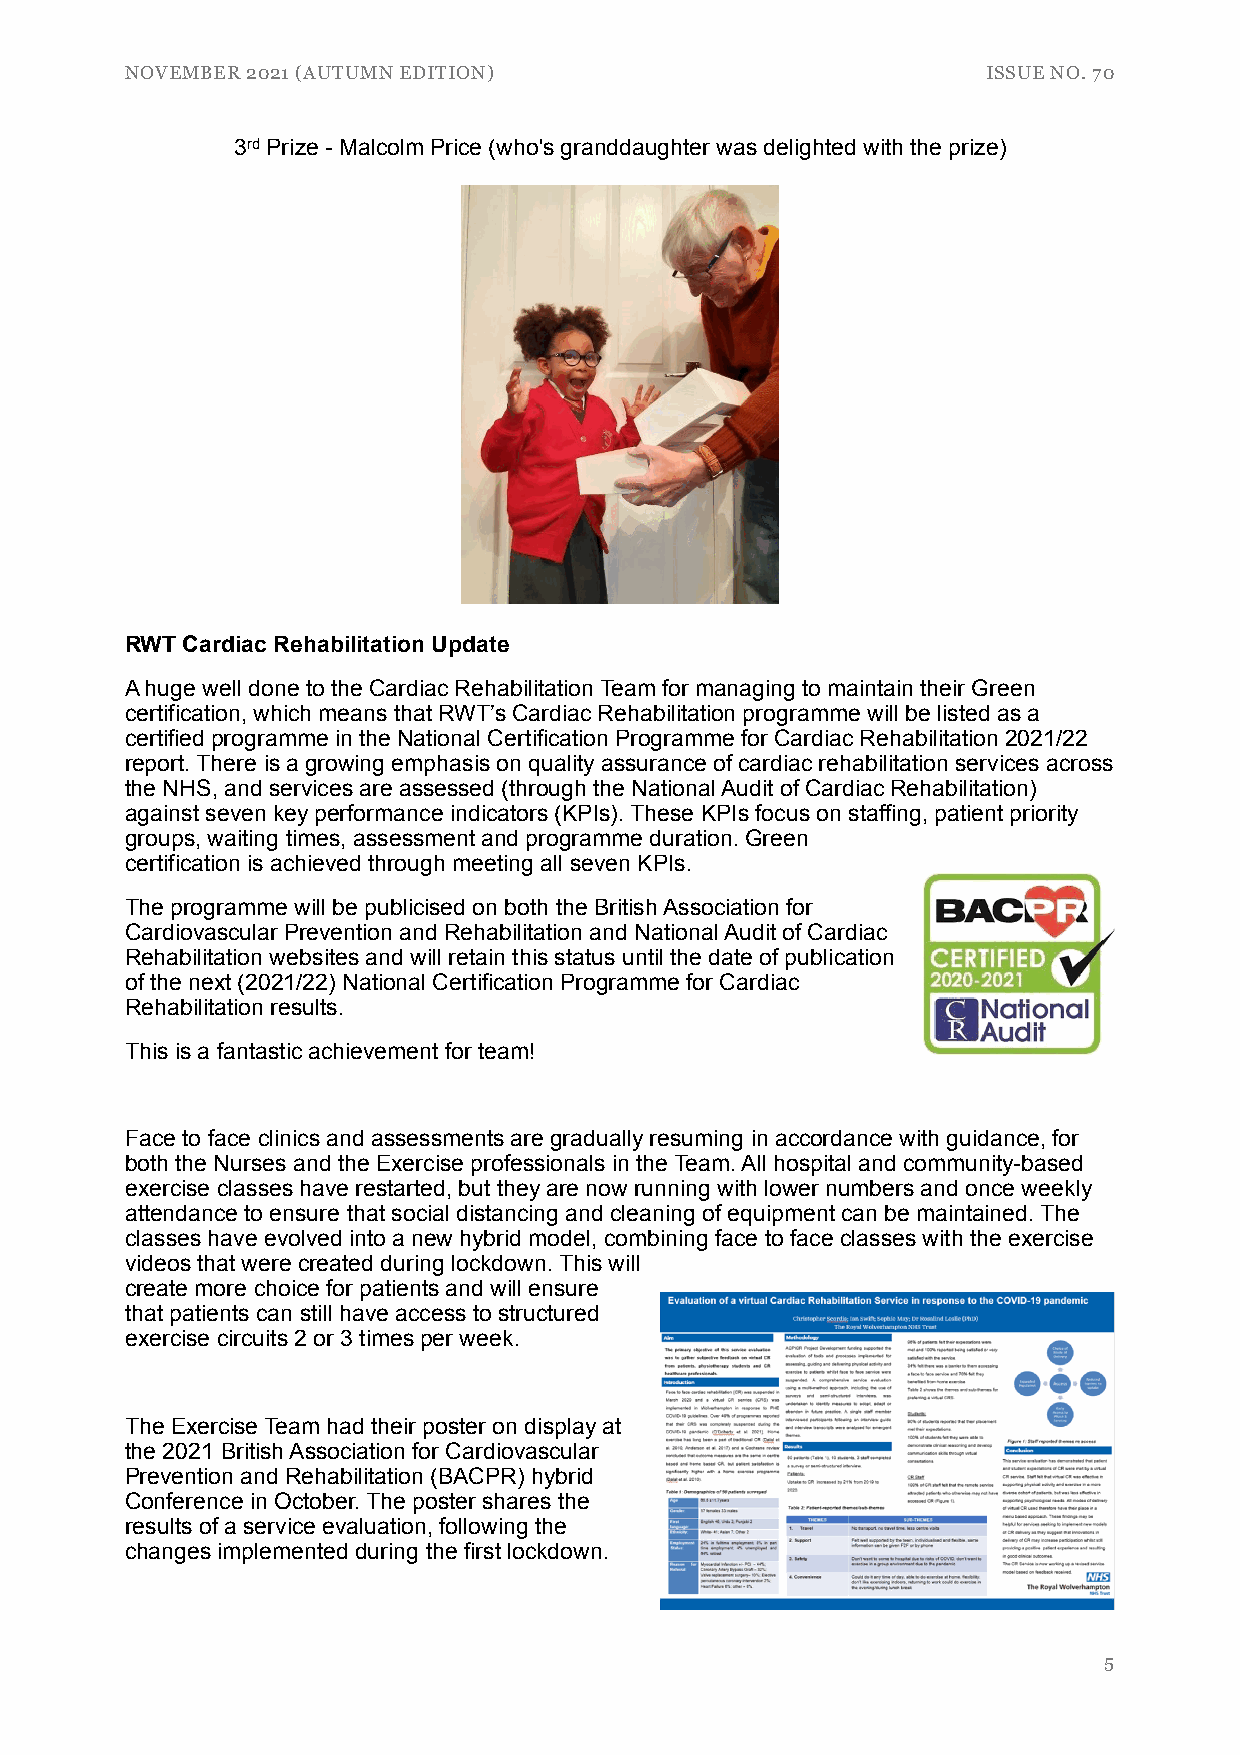
NOVEMBER 2021 (AUTUMN EDITION)                           ISSUE NO. 70
 3rd Prize - Malcolm Price (who's granddaughter was delighted with the prize)
 RWT Cardiac Rehabilitation Update
 A huge well done to the Cardiac Rehabilitation Team for managing to maintain their Green
 certification, which means that RWT’s Cardiac Rehabilitation programme will be listed as a
 certified programme in the National Certification Programme for Cardiac Rehabilitation 2021/22
 report. There is a growing emphasis on quality assurance of cardiac rehabilitation services across
 the NHS, and services are assessed (through the National Audit of Cardiac Rehabilitation)
 against seven key performance indicators (KPIs). These KPIs focus on staffing, patient priority
 groups, waiting times, assessment and programme duration. Green
 certification is achieved through meeting all seven KPIs.
 The programme will be publicised on both the British Association for
 Cardiovascular Prevention and Rehabilitation and National Audit of Cardiac
 Rehabilitation websites and will retain this status until the date of publication
 of the next (2021/22) National Certification Programme for Cardiac
 Rehabilitation results.
 This is a fantastic achievement for team!
 Face to face clinics and assessments are gradually resuming in accordance with guidance, for
 both the Nurses and the Exercise professionals in the Team. All hospital and community-based
 exercise classes have restarted, but they are now running with lower numbers and once weekly
 attendance to ensure that social distancing and cleaning of equipment can be maintained. The
 classes have evolved into a new hybrid model, combining face to face classes with the exercise
 videos that were created during lockdown. This will
 create more choice for patients and will ensure
 that patients can still have access to structured
 exercise circuits 2 or 3 times per week.
 The Exercise Team had their poster on display at
 the 2021 British Association for Cardiovascular
 Prevention and Rehabilitation (BACPR) hybrid
 Conference in October. The poster shares the
 results of a service evaluation, following the
 changes implemented during the first lockdown.
 5